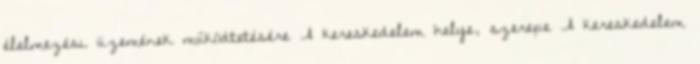
élelmezési üzemének működtetésére A kereskedelem helye, szerepe A kereskedelem